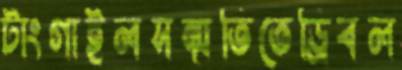
টাংগাইলসম্মতিতেড্রিবল